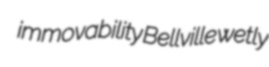
immovability Bellville wetly